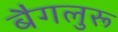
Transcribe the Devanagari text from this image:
बैगलुरू